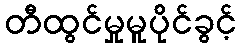
တီထွင်မှုမူပိုင်ခွင့်